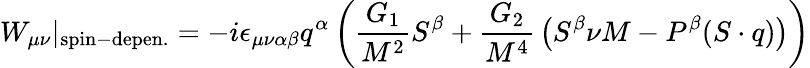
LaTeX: W_{\mu\nu}|_{\mathrm{spin-depen.}}=-i\epsilon_{\mu\nu\alpha\beta}q^{\alpha}\left({\frac{G_{1}}{M^{2}}}S^{\beta}+{\frac{G_{2}}{M^{4}}}\left(S^{\beta}\nu M-P^{\beta}(S\cdot q)\right)\right)